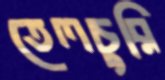
তেলচুরি